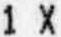
1 X